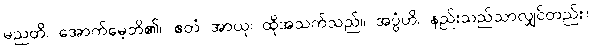
မညတိ၊ အောက်မေ့ဘိ၏။ ဧတံ အာယု၊ ထိုအသက်သည်။ အပ္ပံဟိ၊ နည်းသည်သာလျှင်တည်း။